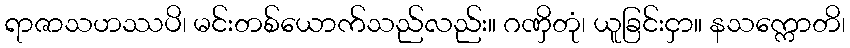
ရာဇာသဟဿပိ၊ မင်းတစ်ယောက်သည်လည်း။ ဂဏှိတုံ၊ ယူခြင်းငှာ။ နသက္ကောတိ၊